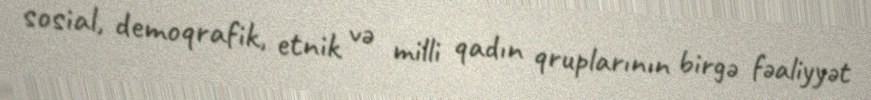
sosial, demoqrafik, etnik və milli qadın qruplarının birgə fəaliyyət